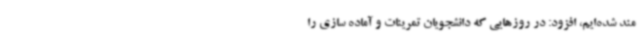
مند شده‌ایم، افزود: در روزهایی که دانشجویان تمرینات و آماده سازی را